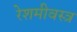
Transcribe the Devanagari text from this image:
रेशमीवस्त्र